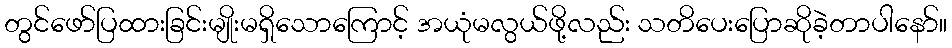
တွင်ဖော်ပြထားခြင်းမျိုးမရှိသောကြောင့် အယုံမလွယ်ဖို့လည်း သတိပေးပြောဆိုခဲ့တာပါနော်။